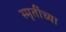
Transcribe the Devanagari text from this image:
स्मृतींच्या